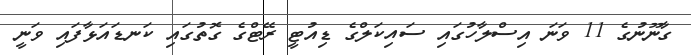
ގާނޫނުގެ 11 ވަނަ އިސްލާހުގައި ސައިކަލްގެ ޑިއުޓީ ރޭޓްގެ ގޮތުގައި ކަނޑައަޅާފައި ވަނީ